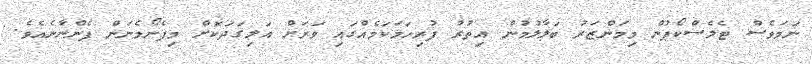
ނަމަވެސް ޓެލެސްކޯޕުން މިމަންޒަރު ބަލާލުމުން އިތުރު ފުރިހަމަކަމެއްގައި ވަރަށް އަލިގަދަކޮށް މިފެނޯމެނަން ފެންނާނެއެވެ.